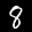
Label: 8